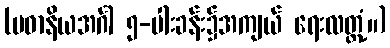
(ပဓာနိယအင်္ဂါ ၅-ပါးခန်း၌အကျယ် ရေးလတ္တံ့။)